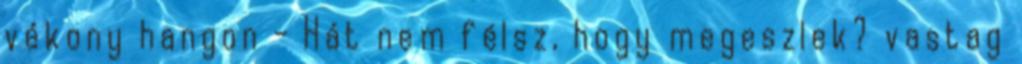
vékony hangon - Hát nem félsz, hogy megeszlek? vastag